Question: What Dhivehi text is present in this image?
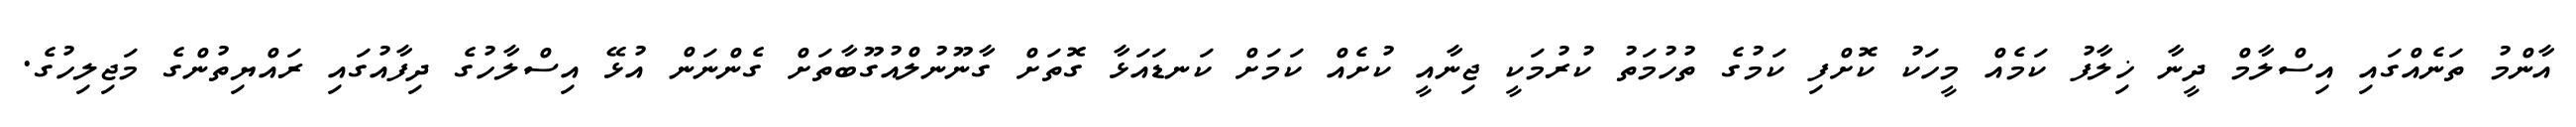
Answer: އާންމު ތަނެއްގައި އިސްލާމް ދީނާ ޚިލާފު ކަމެއް މީހަކު ކޮށްފި ކަމުގެ ތުހުމަތު ކުރުމަކީ ޖިނާއީ ކުށެއް ކަމަށް ކަނޑައަޅާ ގޮތަށް ގާނޫނުލްއުގޫބާތަށް ގެންނަން އުޅޭ އިސްލާހުގެ ދިފާއުގައި ރައްޔިތުންގެ މަޖިލިހުގެ.